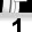
Digit: 1